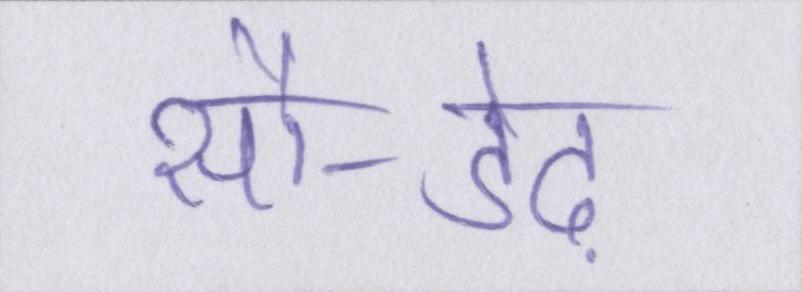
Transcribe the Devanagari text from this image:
सौ-डेढ़